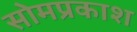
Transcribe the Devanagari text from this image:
सोमप्रकाश